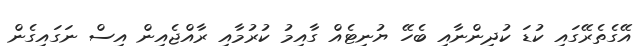
އޭގެތެރޭގައި ކުޑަ ކުދިންނާއި ބެހޭ ޔުނިޓެއް ގާއިމު ކުރުމާއި ރާއްޖެއިން އިސް ނަގައިގެން